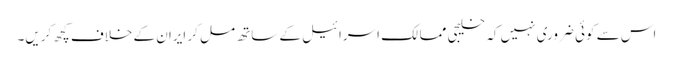
اس سے کوئی ضروری نہیں کہ خلیجی ممالک اسرائیل کے ساتھ مل کر ایران کے خلاف کچھ کریں۔